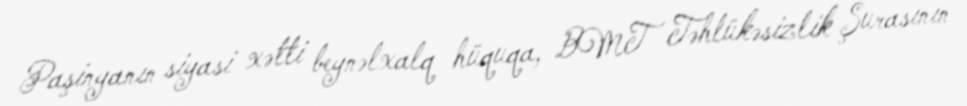
Paşinyanın siyasi xətti beynəlxalq hüquqa, BMT Təhlükəsizlik Şurasının